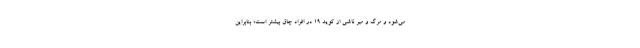
می‌شود و مرگ و میر ناشی از کوید ۱۹ در افراد چاق بیشتر است؛ بنابراین